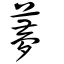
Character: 𦿏